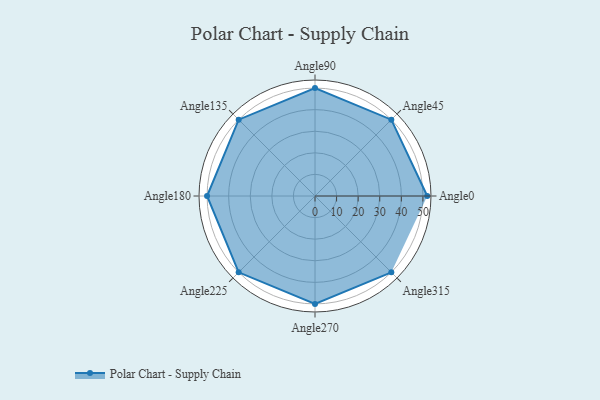
{"axis": {"x": "Angle", "y": "Radius"}, "legend": [""], "data": [{"x": "Angle0", "y": 52.0, "type": ""}, {"x": "Angle45", "y": 50, "type": ""}, {"x": "Angle90", "y": 50.0, "type": ""}, {"x": "Angle135", "y": 50, "type": ""}, {"x": "Angle180", "y": 50, "type": ""}, {"x": "Angle225", "y": 50, "type": ""}, {"x": "Angle270", "y": 50, "type": ""}, {"x": "Angle315", "y": 50, "type": ""}]}